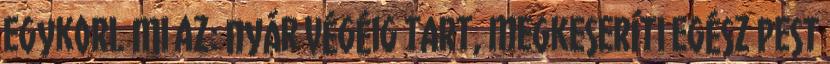
egykori. Mi az: nyár végéig tart, megkeseríti egész Pest